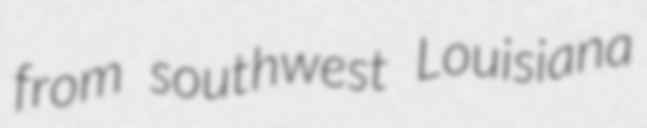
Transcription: from southwest Louisiana